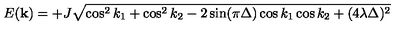
E ( { \bf k } ) = + J \sqrt { \cos ^ { 2 } k _ { 1 } + \cos ^ { 2 } k _ { 2 } - 2 \sin ( \pi \Delta ) \cos k _ { 1 } \cos k _ { 2 } + ( 4 \lambda \Delta ) ^ { 2 } }